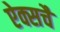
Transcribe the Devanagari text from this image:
ऐक्सचै